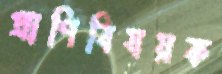
প্রাণিবিষয়ক